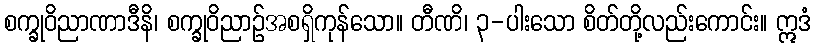
စက္ခုဝိညာဏာဒီနိ၊ စက္ခုဝိညာဉ်အစရှိကုန်သော။ တီဏိ၊ ၃-ပါးသော စိတ်တို့လည်းကောင်း။ ဣဒံ